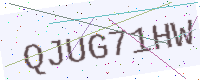
Text: QJUG71HW